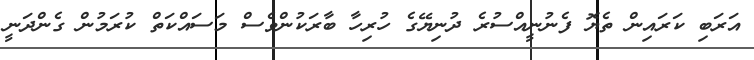
އަރަބި ކަރައިން ތެޔޮ ފެނުނީއްސުރެ ދުނިޔޭގެ ހުރިހާ ބާރަކުންވެސް މަސައްކަތް ކުރަމުން ގެންދަނީ